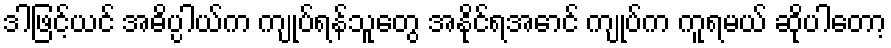
ဒါဖြင့်ယင် အဓိပ္ပါယ်က ကျုပ်ရန်သူတွေ အနိုင်ရအောင် ကျုပ်က ကူရမယ် ဆိုပါတော့